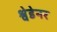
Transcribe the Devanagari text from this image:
श्वेडेनर